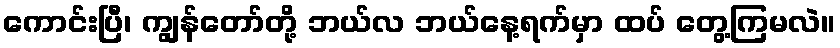
ကောင်းပြီ၊ ကျွန်တော်တို့ ဘယ်လ ဘယ်နေ့ရက်မှာ ထပ် တွေ့ကြမလဲ။